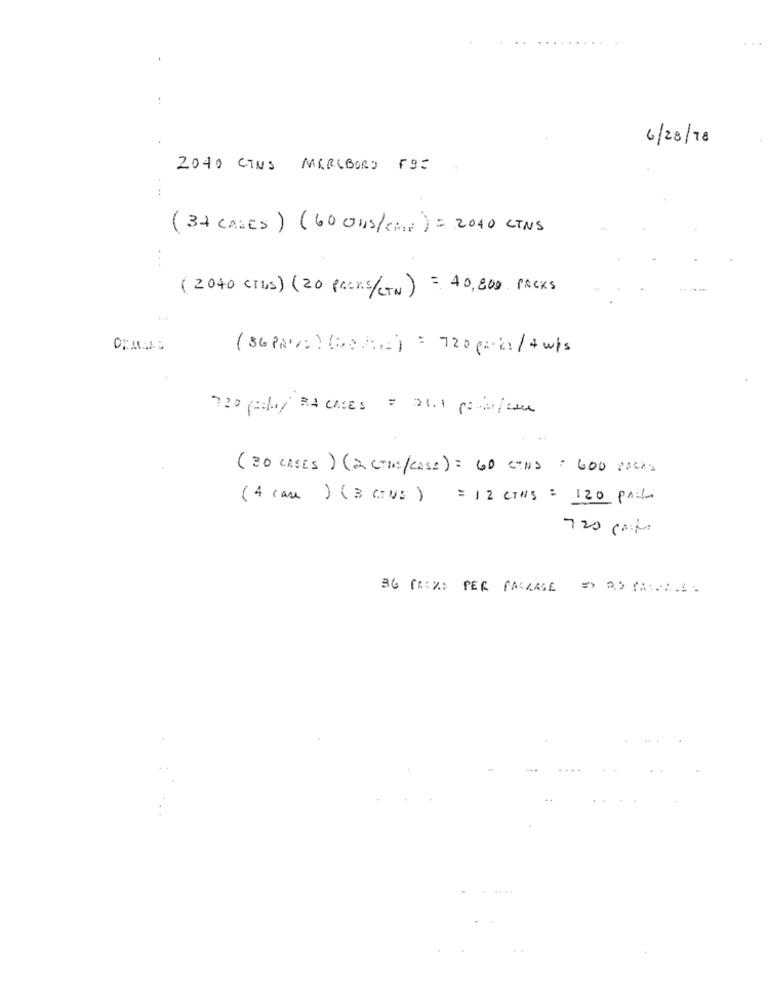
6/28/78
2040 CINS MARLBORO FB=
(37 CASES ) (60 005/CAF) = 2010 LTNS
...
(2040 CIbs) (20 PACKS/CTN) = 40,800 PACKS
(SUPRA:() = 720 p kr/ 4 w/s
720 pco/ 34 CASES = 21.1 p=0/ou
(30 CASES) (2 (THE/CASE) = GO CTHIS = 600 POCAS
(4 case ) (3 Crus ) = 12 CTNS = 120 PAL
720 costs
BG (ASUS PER PACKAGE => 2) THELES